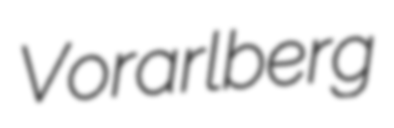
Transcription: Vorarlberg